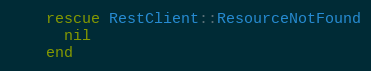
Language: Ruby
    rescue RestClient::ResourceNotFound
      nil
    end